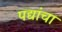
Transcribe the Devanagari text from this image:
पद्यांचा